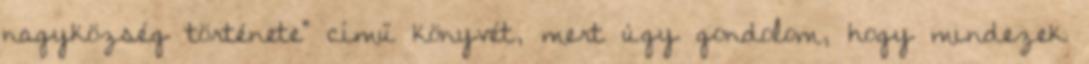
nagyközség története" című könyvét, mert úgy gondolom, hogy mindezek